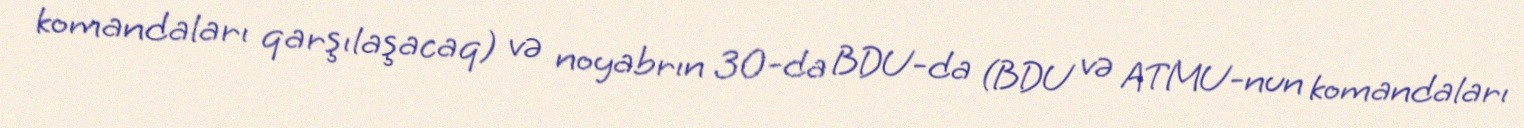
komandaları qarşılaşacaq) və noyabrın 30-da BDU-da (BDU və ATMU-nun komandaları